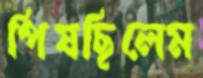
পিষছিলেম